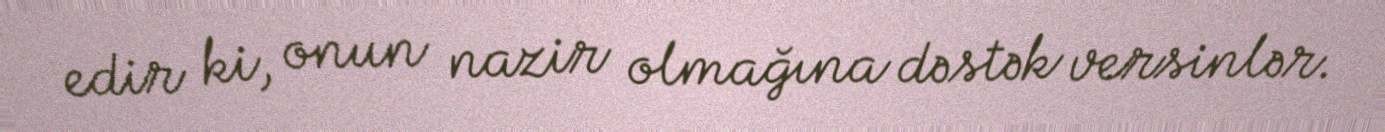
edir ki, onun nazir olmağına dəstək versinlər.